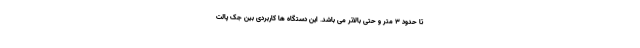
تا حدود 3 متر و حتی بالاتر می باشد. این دستگاه ها کاربردی بین جک پالت